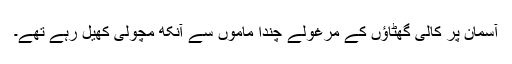
آسمان پر کالی گھٹاؤں کے مرغولے چندا ماموں سے آنکھ مچولی کھیل رہے تھے۔